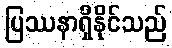
ပြဿနာရှိနိုင်သည်